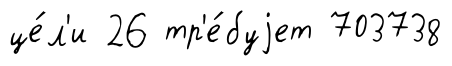
це́л'и 26 тр'е́буjет 703738